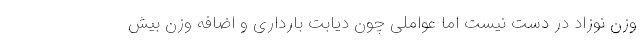
وزن نوزاد در دست نیست اما عواملی چون دیابت بارداری و اضافه وزن بیش